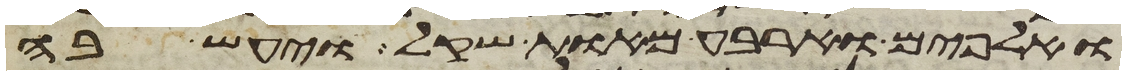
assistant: ואלפים וארבע מאות שקל ויעש בה